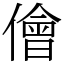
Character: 儈